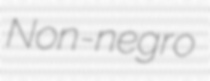
Non-negro